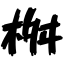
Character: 桝